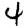
Digit: 4